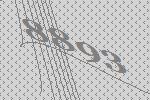
8893